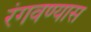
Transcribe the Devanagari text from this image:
रंगवण्यास